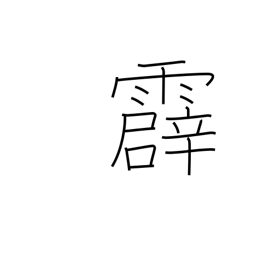
Meaning: thunder